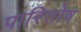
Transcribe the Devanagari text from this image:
पारितोष